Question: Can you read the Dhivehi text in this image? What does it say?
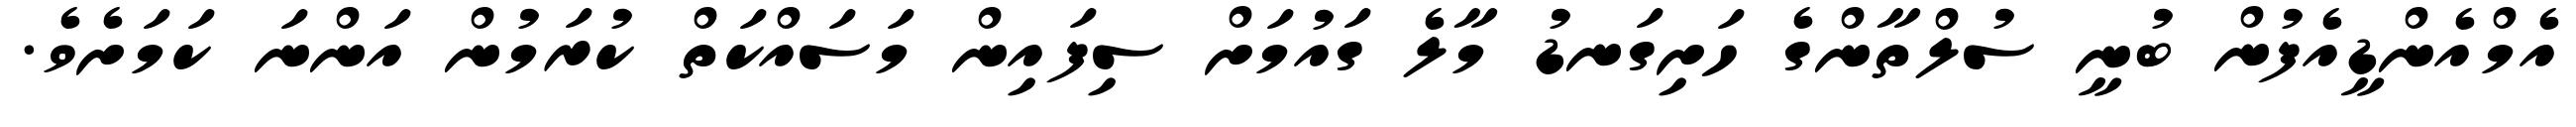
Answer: އެމްއެންޑީއެފުން ބުނީ ސުލްތާންގެ ހަށިގަނޑު މާލެ ގައުމަށް ސިފައިން މަސައްކަތް ކުރަމުން އަންނަ ކަމަށެވެ.